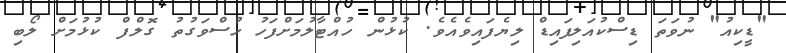
"ޑީކިއު" ނުވަތަ ޑިސްކުއަލިފައިޑް ލިޔެފައިވެއެވެ. ކުޅުން ހުއްޓާލުމަށްފަހު ހުސްވަގުތު ގޮލްފް ކުޅުމަށް ލޯބި